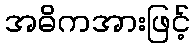
အဓိကအားဖြင့်